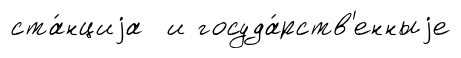
ста́нциjа и госуда́рств'енныjе